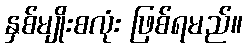
နှစ်မျိုးစလုံး ဖြစ်ရမည်။